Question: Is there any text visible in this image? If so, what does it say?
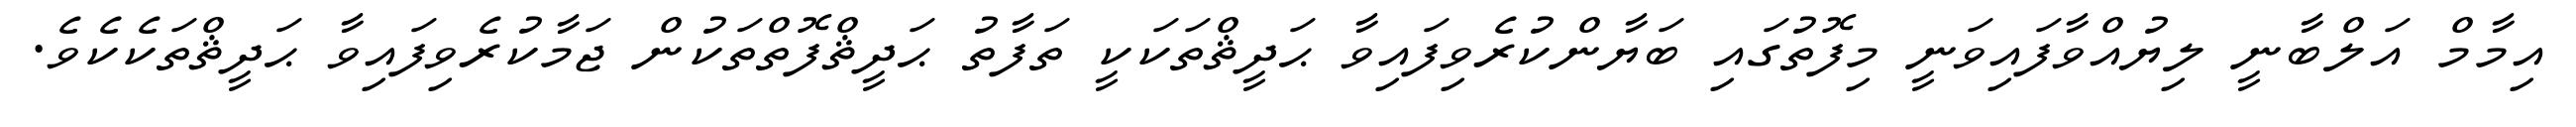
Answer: އިމާމް އަލްބާނީ ލިޔުއްވާފައިވަނީ މިފޮތުގައި ބަޔާންކުރެވިފައިވާ ޙަދީޘްތަކަކީ ތަފާތު ޙަދީޘްފޮތްތަކުން ޖަމާކުރެވިފައިވާ ޙަދީޘްތަކެކެވެ.